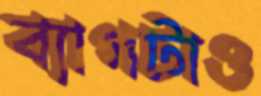
ব্যাগটাও